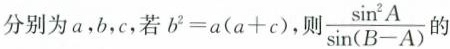
分别为a，b，c，若$$b ^ { 2 } = a ( a + c )，则 \frac { \ s i n ^ { 2 } A } { \ s i n ( B - A ) }$$